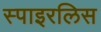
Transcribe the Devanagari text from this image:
स्पाइरलिस